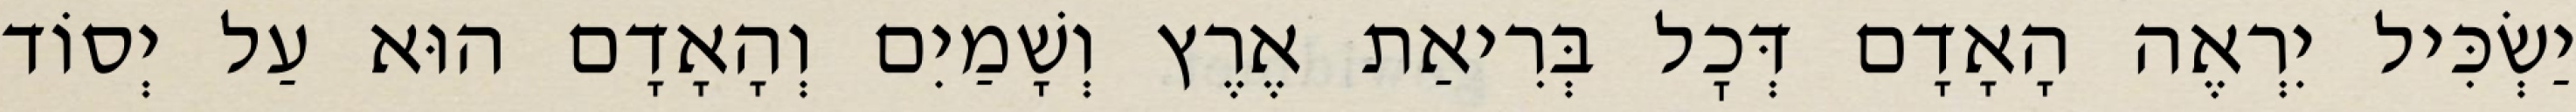
יַשְׂכִּיל יִרְאֶה הָאָדָם דְּכׇל בְּרִיאַת אֶרֶץ וְשָׁמַיִם וְהָאָדָם הוּא עַל יְסוֹד